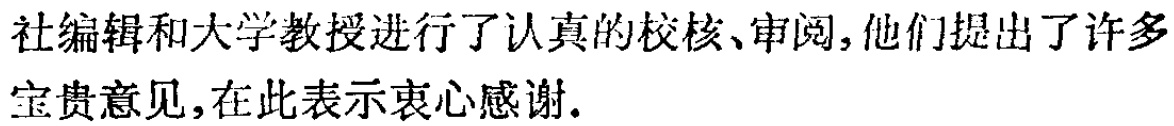
社编辑和大学教授进行了认真的校核、审阅,他们提出了许多宝贵意见,在此表示衷心感谢.